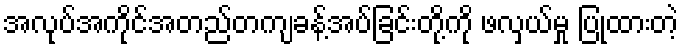
အလုပ်အကိုင်အတည်တကျခန့်အပ်ခြင်းတို့ကို ဖလှယ်မှု ပြုထားတဲ့